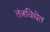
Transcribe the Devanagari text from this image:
तंत्रविद्येत